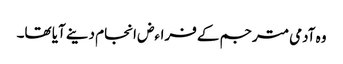
وہ آدمی مترجم کے فراءض انجام دینے آیا تھا۔